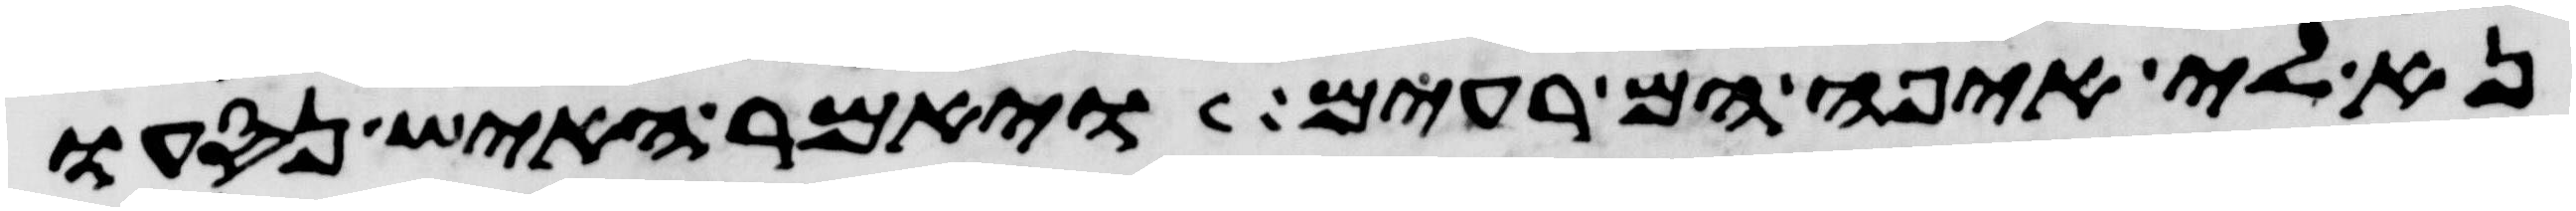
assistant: נא לי איפה הם רעים ויאמר האיש נסעו